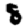
Digit: 8